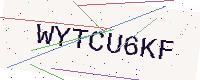
Text: WYTCU6KF